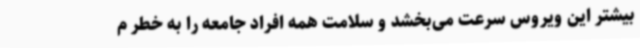
بیشتر این ویروس سرعت می‌بخشد و سلامت همه‌ افراد جامعه را به خطر م